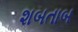
શબતાબ